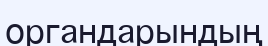
органдарындың